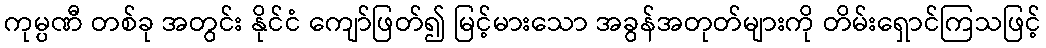
ကုမ္ပဏီ တစ်ခု အတွင်း နိုင်ငံ ကျော်ဖြတ်၍ မြင့်မားသော အခွန်အတုတ်များကို တိမ်းရှောင်ကြသဖြင့်